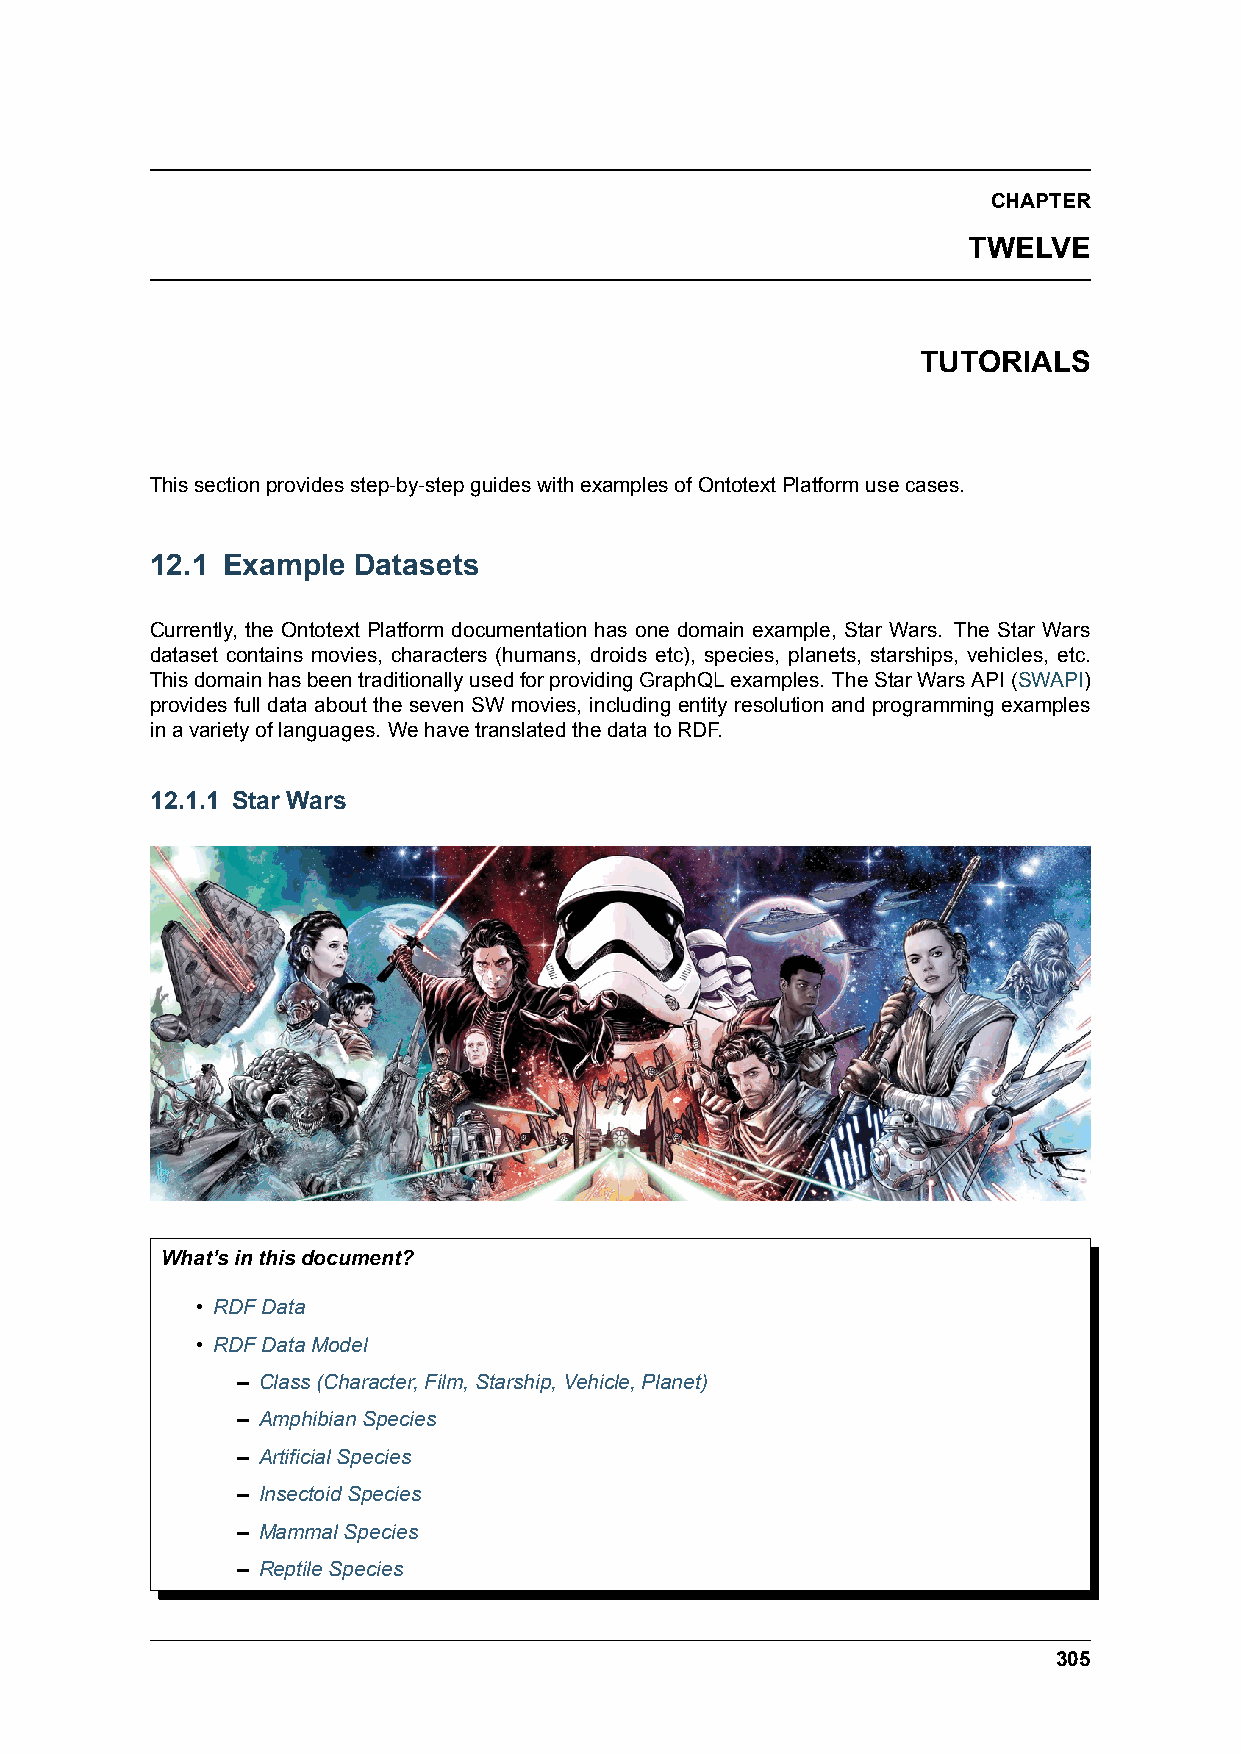
CHAPTER
 TWELVE
 TUTORIALS
 Thissectionprovidesstep-by-stepguideswithexamplesofOntotextPlatformusecases.
 12.1 Example Datasets
 Currently, the Ontotext Platform documentation has one domain example, Star Wars. The Star Wars
 dataset contains movies, characters (humans, droids etc), species, planets, starships, vehicles, etc.
 ThisdomainhasbeentraditionallyusedforprovidingGraphQLexamples. TheStarWarsAPI(SWAPI)
 provides full data about the seven SW movies, including entity resolution and programming examples
 inavarietyoflanguages. WehavetranslatedthedatatoRDF.
 12.1.1 Star Wars
 What’sinthisdocument?
 • RDFData
 • RDFDataModel
 – Class(Character,Film,Starship,Vehicle,Planet)
 – AmphibianSpecies
 – ArtificialSpecies
 – InsectoidSpecies
 – MammalSpecies
 – ReptileSpecies
 305